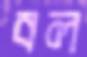
বল